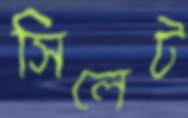
সিলেট